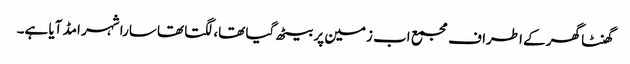
گھنٹا گھر کے اطراف مجمع اب زمین پر بیٹھ گیا تھا، لگتا تھا سارا شہر امڈ آیا ہے۔